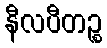
နီလပီတဉ္စ